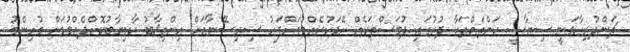
ޗަންދުރިކާވަނީ ސިޔާސީ ކަންތައްތަކާ ދުރުގައި ދުވަސްތަކެއް ހޭދަކުރެއްވުމަށްފަހު ސިރިސޭނާއަށް އިންތިޚާބު ކާމިޔާބުކޮށްދެއްވުމަށް މުހިންމު